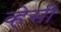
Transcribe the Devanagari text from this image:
व्हेसी